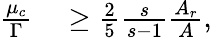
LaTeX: \begin{array}{rl}{\frac{\mu_{c}}{\Gamma}}&{{}\geq\frac{2}{5}\frac{s}{s-1}\frac{A_{r}}{A},}\end{array}